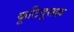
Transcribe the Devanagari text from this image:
कूटिदूसक